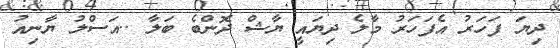
ދިޔަ ފަހަރު އެފަހަރު މާލެ ދިޔައީ ޔާޝް ދޮންބެ ބަލާ ..އަސްލު ޔާނިއު